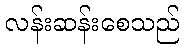
လန်းဆန်းစေသည်